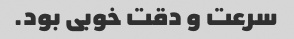
سرعت و دقت خوبی بود.